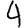
Digit: 4